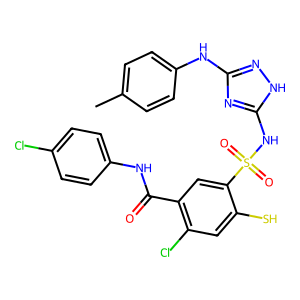
SMILES: Cc1ccc(Nc2n[nH]c(NS(=O)(=O)c3cc(C(=O)Nc4ccc(Cl)cc4)c(Cl)cc3S)n2)cc1
Inhibits HIV replication: No